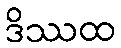
ဒိဿထ